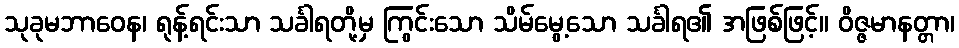
သုခုမဘာဝေန၊ ရုန့်ရင်းသာ သင်္ခါရတို့မှ ကြွင်းသော သိမ်မွေ့သော သင်္ခါရ၏ အဖြစ်ဖြင့်။ ဝိဇ္ဇမာနတ္တာ၊